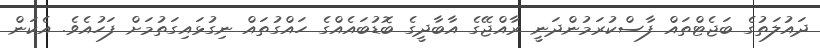
ދައުލަތުގެ ބަޖެޓްތައް ފާސްކުރަމުންދަނީ ރާއްޖޭގެ އާބާދީގެ ބޮޑުބައެއްގެ ހައްގުތައް ނިގުޅައިގަތުމަށް ފަހުއެވެ. އެކަން